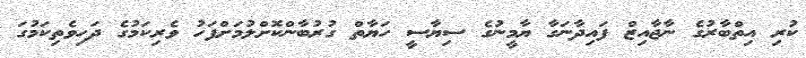
ކުރި އިތްބާރުގެ ނާޖާއިޒް ފައިދާނަގާ ޔާމީނުގެ ސިޔާސީ ހަޔާތް ގުރުބާންކޮށްލުމަށްފަހު ވެރިކަމުގެ ދަހިވެތިކަމުގަ